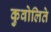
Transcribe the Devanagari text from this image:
कुवोलिते